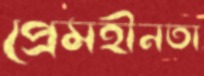
প্রেমহীনতা